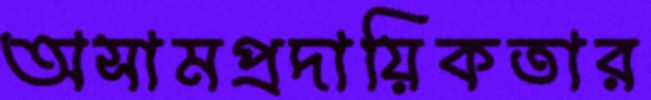
অসামপ্রদায়িকতার